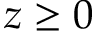
z \geq 0